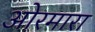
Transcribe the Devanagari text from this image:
ओरमारा